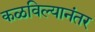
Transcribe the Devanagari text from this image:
कळविल्यानंतर